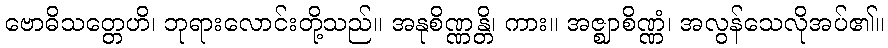
ဗောဓိသတ္တေဟိ၊ ဘုရားလောင်းတို့သည်။ အနုစိဏ္ဏန္တိ၊ ကား။ အဇ္ဈာစိဏ္ဏံ၊ အလွန်သေလိုအပ်၏။